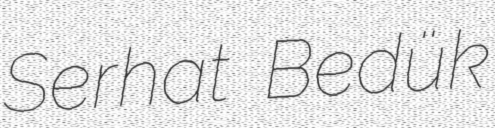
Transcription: Serhat Bedük